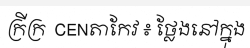
ក្រីក្រ  CENតាកែវ ៖ ថ្លែងនៅក្នុង